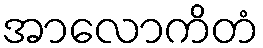
အာလောကိတံ